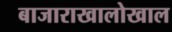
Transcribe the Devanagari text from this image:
बाजाराखालोखाल